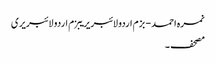
نمرہ احمد - بزم اردو لائبریریبزم اردو لائبریری
مصحف ۔